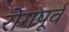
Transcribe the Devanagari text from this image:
रोगपूर्व